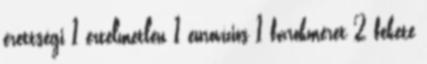
érettségi 1 értelmetlen 1 eurovíziós 1 farokméret 2 fekete